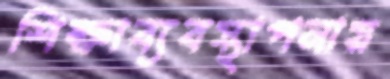
শিক্ষাব্যবস্থাপনায়